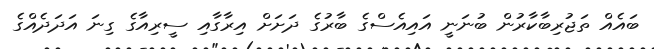
ބައެއް ތަޖުރިބާކާރުން ބުނަނީ އައިއެސްގެ ބާރުގެ ދަށަށް އިރާގާއި ސީރިއާގެ ގިނަ އަދަދެއްގެ